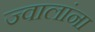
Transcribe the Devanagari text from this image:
ज्वालांना